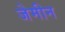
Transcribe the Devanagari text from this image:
जेमीन